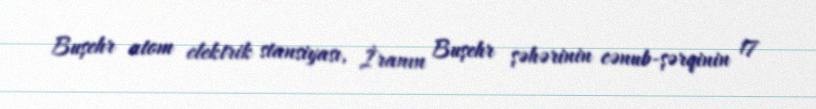
Buşehr atom elektrik stansiyası, İranın Buşehr şəhərinin cənub-şərqinin 17